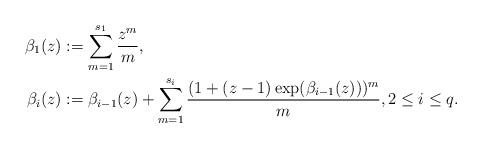
LaTeX: \begin{align*} \beta_1(z)&:=\displaystyle \sum_{m=1}^{s_1}\frac {z^m}m,\\ \beta_i(z)&:=\displaystyle \beta_{i-1}(z)+\sum_{m=1}^{s_i} \frac{(1+(z-1)\exp(\beta_{i-1}(z)))^m}m, 2\le i\le q. \end{align*}